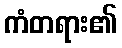
ကံတရား၏